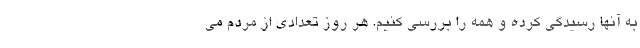
به آنها رسیدگی کرده و همه را بررسی کنیم. هر روز تعدادی از مردم می